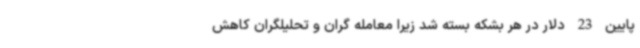
پایین 23 دلار در هر بشکه بسته شد زیرا معامله گران و تحلیلگران کاهش